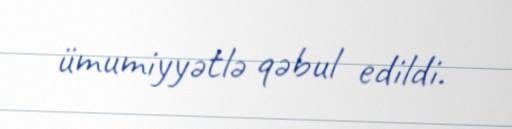
ümumiyyətlə qəbul edildi.